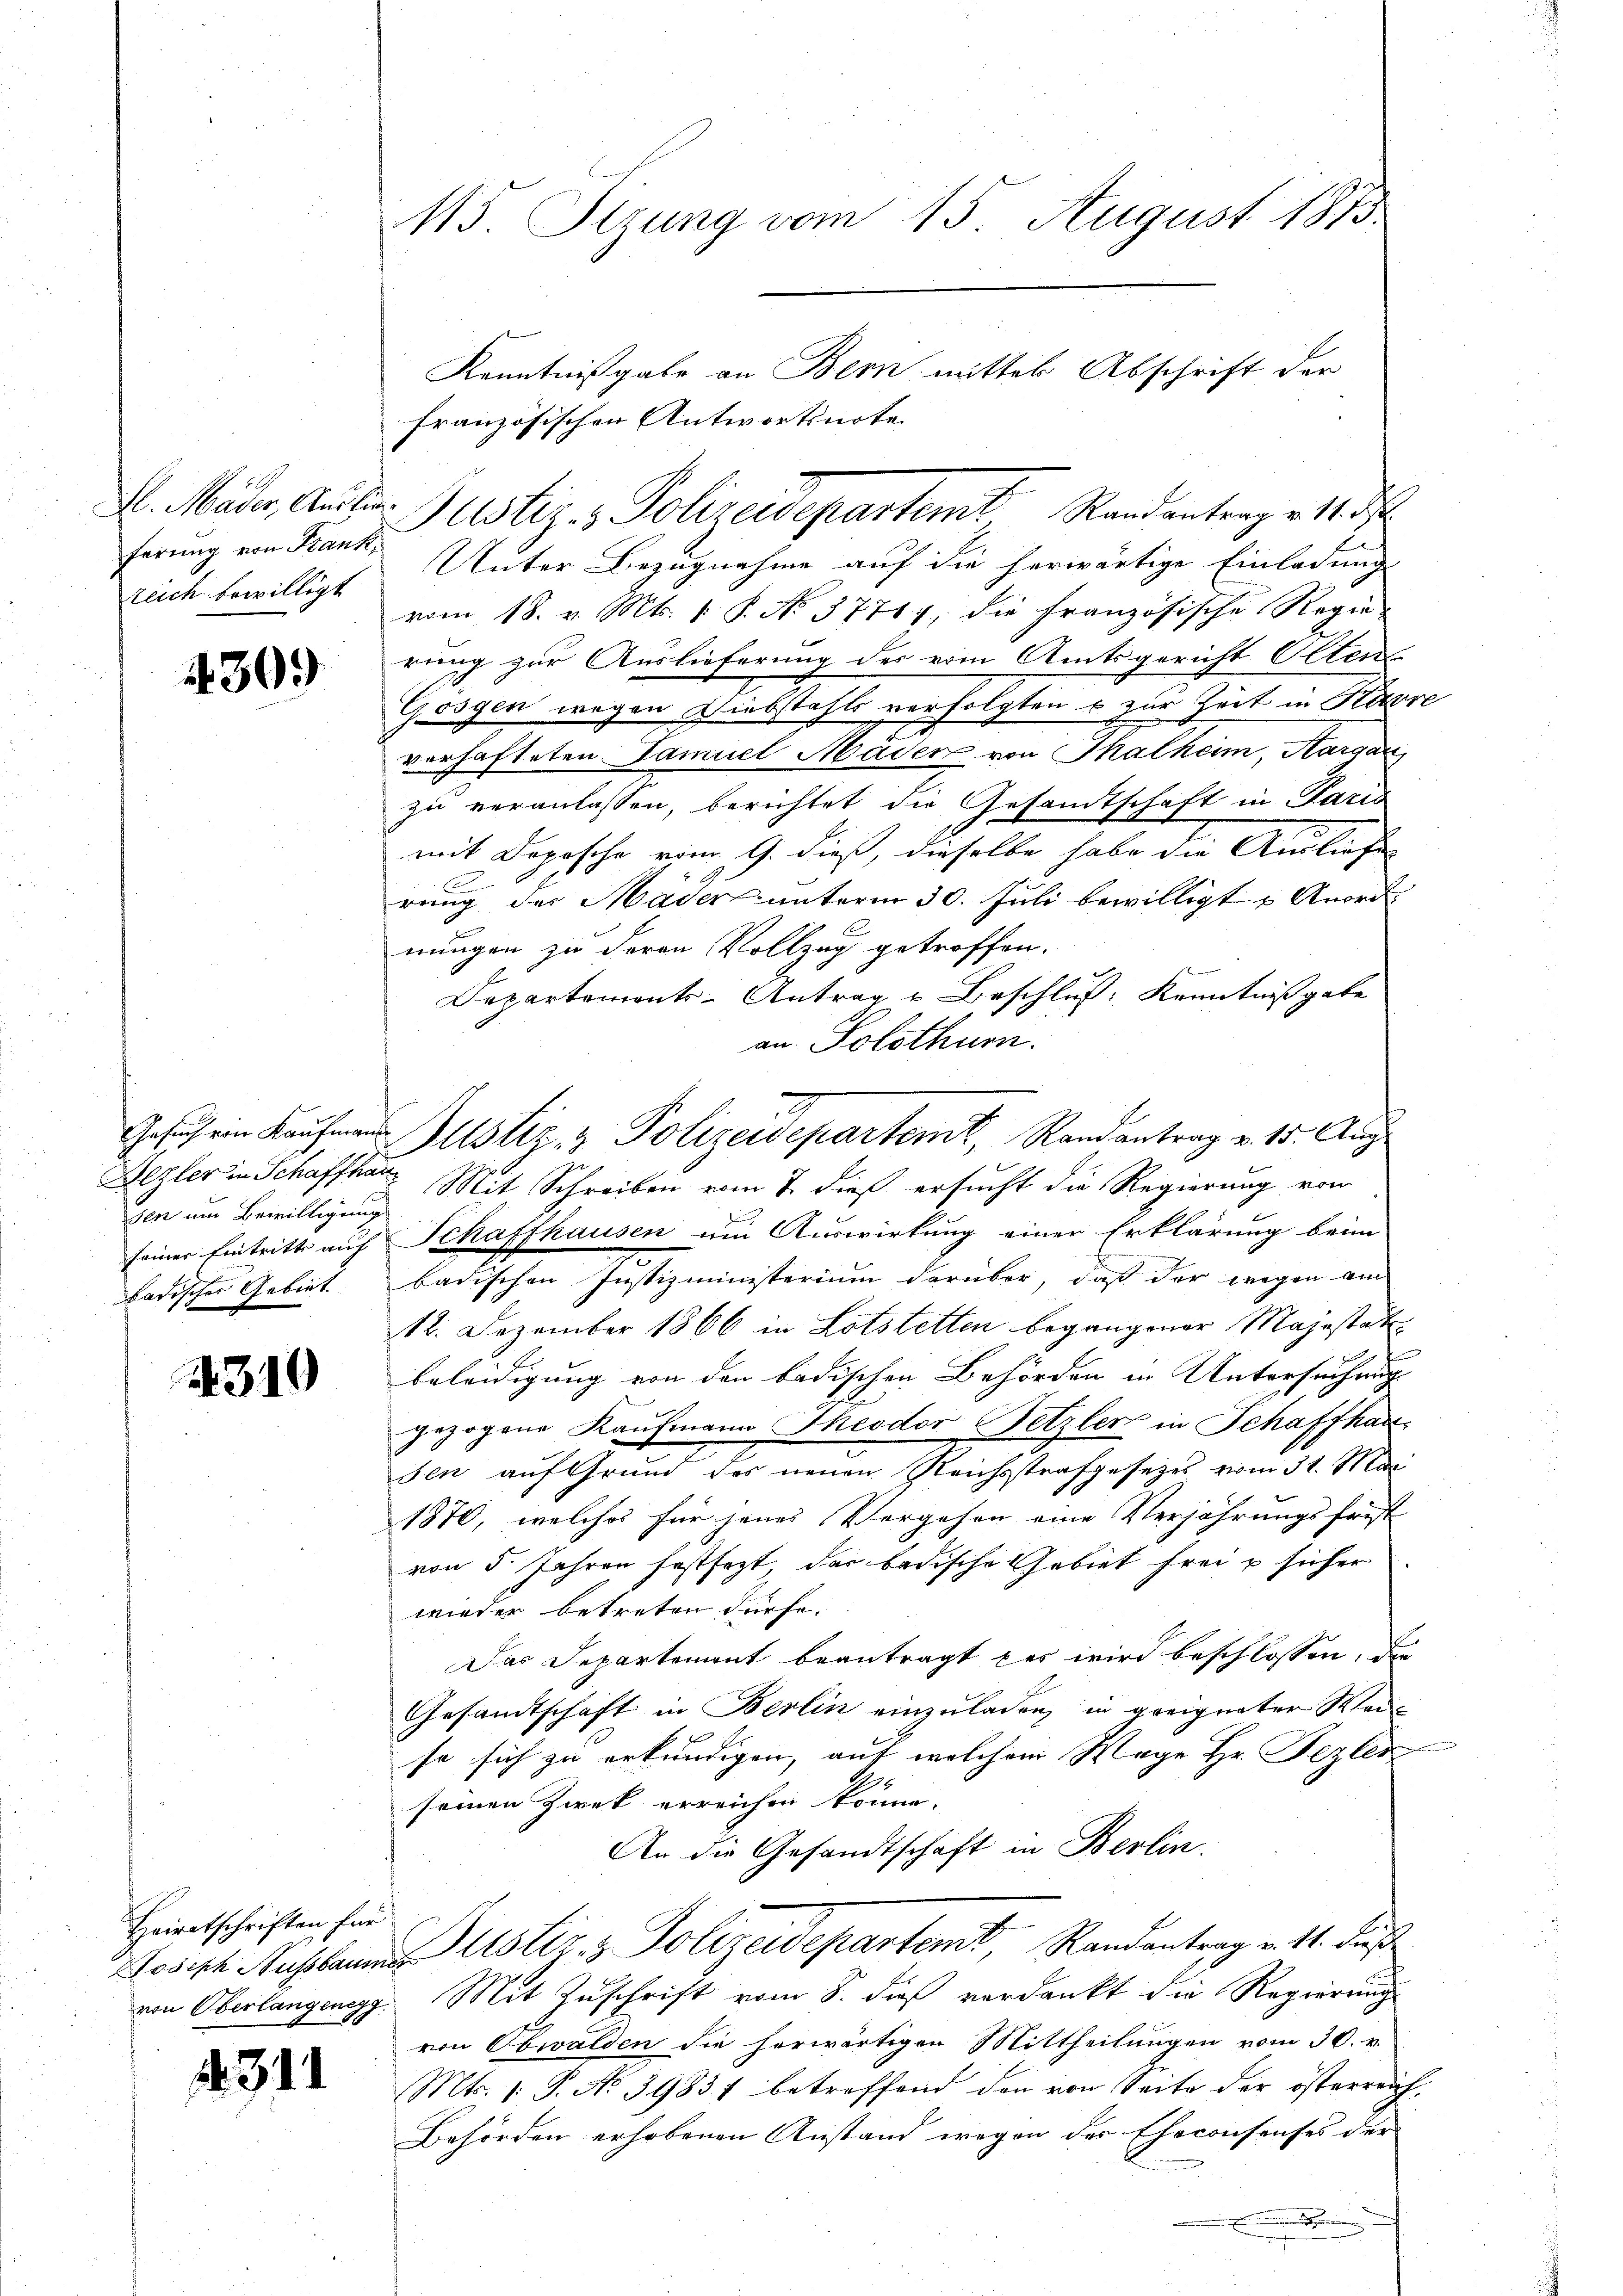
ferung von Bank,
reich bewilligt

430.

sen um Bewilligung

4310

Heiratschriften für

4311

115 Sizung vom 15. August 1875

Unter Bezugnahme auf die herwärtige Einladung
vom 18. v. Mts. 1. P. No 37717, die Französische Regie
rung zur Auslieferung des vom Amtsgericht Oltens
Gesgen wegen Diebstahls verfolgten & zur Zeit in Karre
vorhafteten Samuel Mäder von Thalheim, Aargau
zu veranlassen, berichtet die Gesandtschaft in Paris
mit Depesche vom 9. dieß, dieselbe habe die Ausliefe
rung der Mader unterm 30. Juli bewilligt u Anordnungen zu deren Vollzug getroffen.
Departements-Antrag u Beschluß: Kenntniß gebe
an Solothurn.
Bezler in Schaffenen Mit Schreiben vom 7. dieß ersucht die Regierung von
seiner Eintritt auf Schaffhausen um Auswirkung einer Erklärung beim
badischer Gebiet. Badischen Justizministerium darüber, daß der wegen am
12. Dezember 1866 in Lotstetten begangener Majestadt.
beleidigung von den badischen Behörden in Untersuchung
gezogene Kaufmann Theodor Tetzler in Schaffhau
sen auf Grund des neuen Reichsstrafgesetzes vom 31. Mai
1870, welches für jenes Vergehen eine Verjährungsfrist
von 5. Jahren festsezt, der badische Gebiet frei u sicher
wieder betreten dürfe.
Das Departement beantragt das wird beschlossen, die
Gesandtschaft in Berlin einzuladen, in geeigneter Weiso sich zu erkundigen, auf welchem Wege Hr. Pezler
seinen Zweck erreichen könne.
An die Gesandtschaft in Berlin.
osisch Ausbaum ustiz- & Polizeidepartem Randantrag v. 11. dieß
von Oberlangengg. Mit Zuschrift vom 8. dieß verdankt die Regierung
von Obwalden die herwärtigen Mittheilungen vom 30. v.
Mts. 1. P. No 39831 betreffend den von Seite der österreich¬
Behörden erhobenen Anstand wegen des Eheconsenses der
.

Kenntnißgabe an Bern mitter Abschrift der
französischen Antwortsnote

. Mater, Ander Justiz- & Polizeidepartemt Randantrag v. 14. d

Gesuch ein Kaufmas Justiz & Polizeidepartemt, Randantrag v. 15. Aug